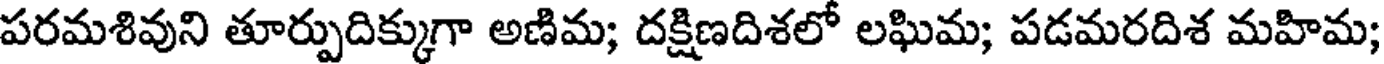
పరమశివుని తూర్పుదిక్కుగా అణిమ; దక్షిణదిశలో లఘిమ; పడమరదిశ మహిమ;